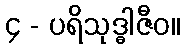
၄ - ပရိသုဒ္ဓါဇီဝ။